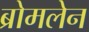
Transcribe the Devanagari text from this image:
ब्रोमलेन